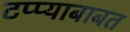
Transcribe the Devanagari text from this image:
टप्प्याबाबत